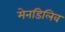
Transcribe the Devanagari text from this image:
मेनडिलिव